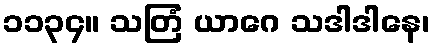
၁၁၃၄။ သတြံ ယာဂေ သဒါဒါနေ၊